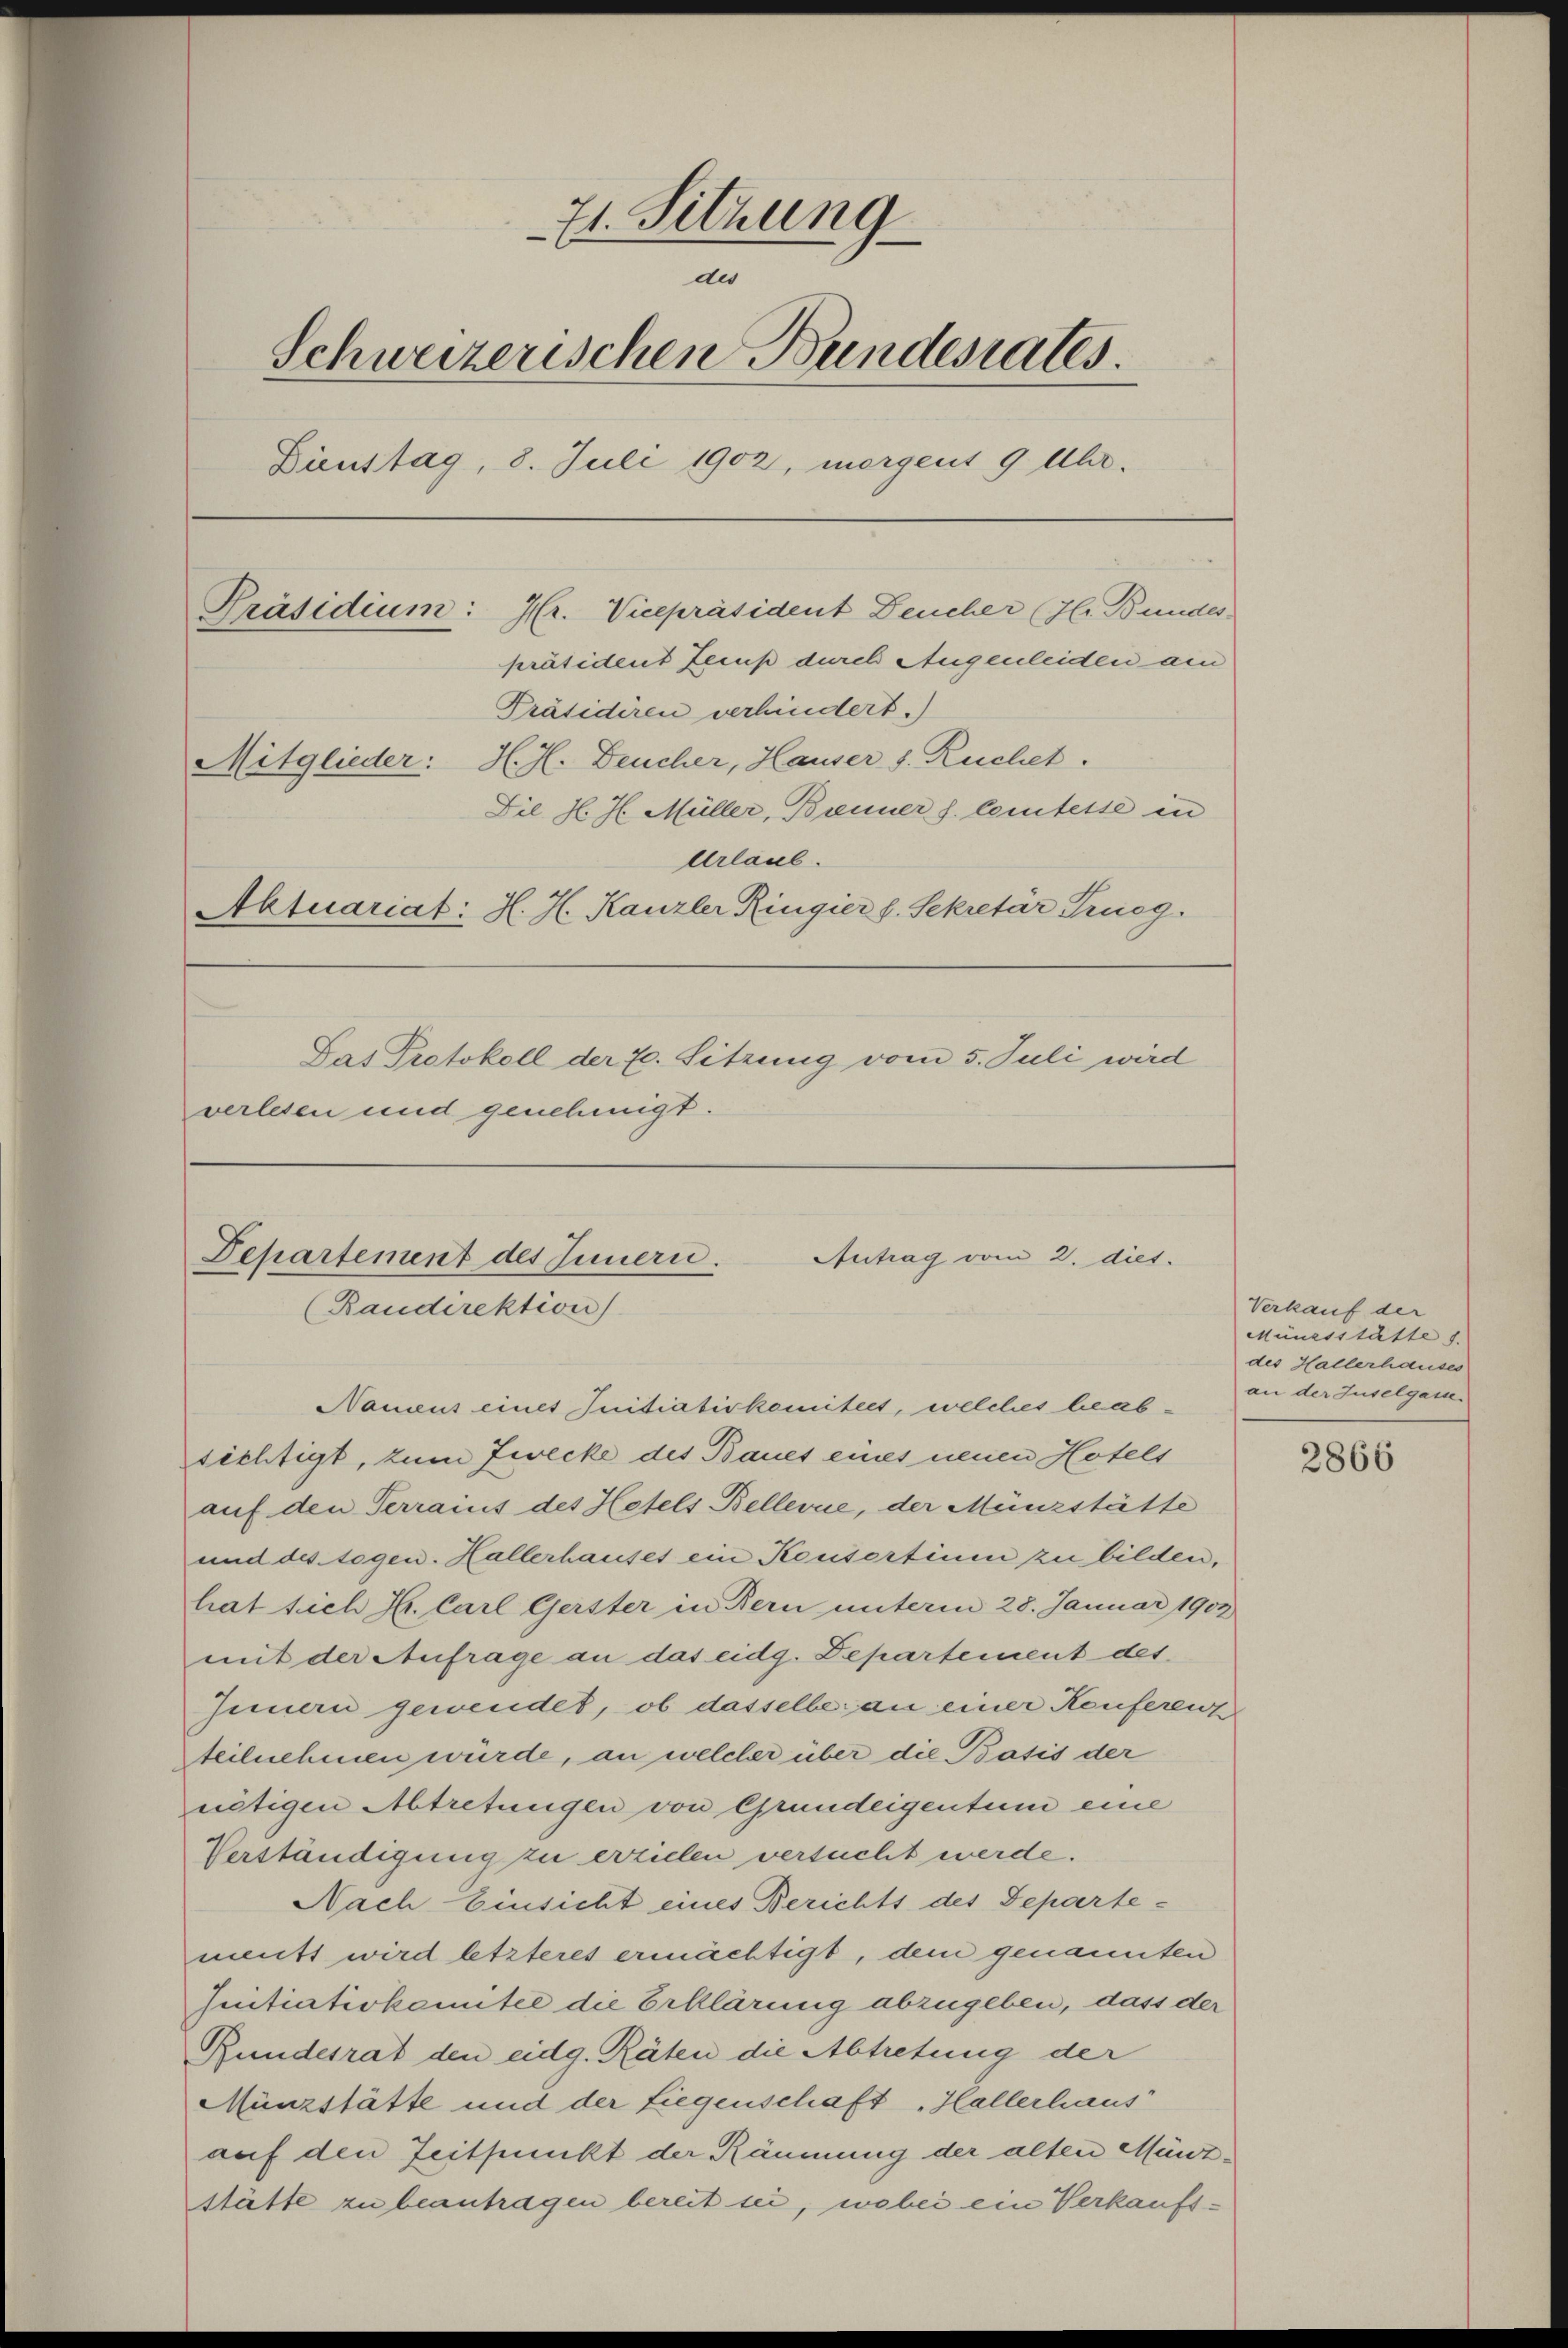
71. Sitzung
des
Schweizerischen Bundesrates.
Dienstag, 8. Juli 1902, morgent 9 Uhr.
Präsidium: Hr. Vicepräsident Deucher (Hr. Bundes
präsident Zerup durch Augenleiden an
Präsidiren verhindert.)
Mitglieder: H. H. Beucher, Hauser s. Ruchet.
Die. H. H. Müller, Banner s. Cemtesse in
Urlaul.
Aktuariat: H. H. Kanzler Ringier h. Sekretär Trusg.
Das Protokoll der 70. Sitzung vom 5. Juli wird
verlesen und genehmigt.

Antrag vom 2. diet.
Departement des Innern.
(Baudirektion
Namens eines Initiativkomiteet, welches beab¬

sichtigt, zum Zwecke des Baues eines neuen Hotels
auf den Terrauis des Hotels Bellerne, der Münzstätte
und des togen. Hallerhauses ein Konsertine zu bilden,
hat sich Hr. Carl Gerster in Bern unterm 28. Januar 1902
mit der Anfrage an das eidg. Departement des
Innern gewendet, ob dasselbe an einer Keuferenz
teilnehmen würde, an welcher über die Basis der
nötigen Abtretungen von Grundeigentum eine
Verständigung zu erzielen versucht werde.
Nach Einsicht eines Berichts des Departe-
ments wird letzteres ermächtigt, dem genannten
Initiativkomitee die Erklärung abzugeben, dass der
Bundesrat den eidg. Räten die Abtretung der
Münzstätte und der Liegenschaft „Hallerhaus
auf den Zeitpunkt der Räumung der alten Münzstätte zu beantragen bereit sei, wobei ein Verkaufs¬

Verkauf der
Münzsstätte 1.
des Hallerhauses
an der Juselgasse.

2866